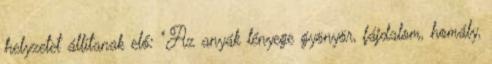
helyzetet állítanak elő: "Az anyák lényege gyönyör, fájdalom, homály,